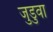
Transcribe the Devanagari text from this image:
जुडुवा